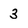
Character: 3